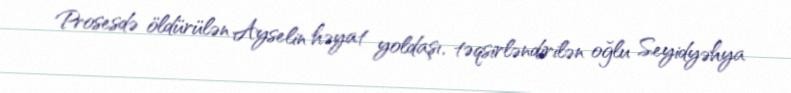
Prosesdə öldürülən Ayselin həyat yoldaşı, təqsirləndirilən oğlu Seyidyəhya